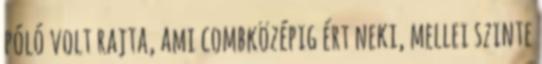
póló volt rajta, ami combközépig ért neki, mellei szinte